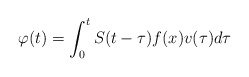
\begin{align*} \varphi(t)=\int_{0}^{t}S(t-\tau)f(x)v(\tau)d\tau \end{align*}